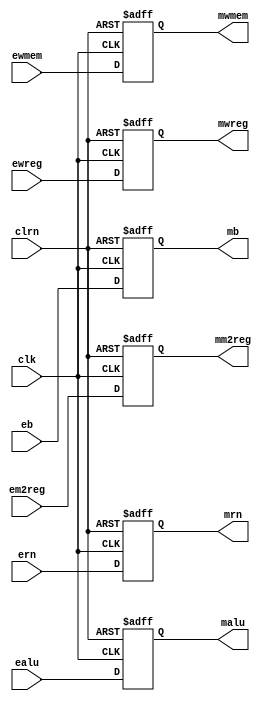
`timescale 1ns / 1ps
//////////////////////////////////////////////////////////////////////////////////
// Company: 
// Engineer: 
// 
// Design Name: 
// Module Name:    pipeemreg 
// Project Name: 
// Target Devices: 
// Tool versions: 
// Description: 
//
// Dependencies: 
//
// Revision: 
// Revision 0.01 - File Created
// Additional Comments: 
//
//////////////////////////////////////////////////////////////////////////////////
module pipeemreg(ewreg,em2reg,ewmem,ealu,eb,ern,clk,clrn,
                 mwreg,mm2reg,mwmem,malu,mb,mrn
    );
	 input [31:0] ealu,eb;
	 input [4:0] ern;
	 input ewreg,em2reg,ewmem;
	 input clk,clrn;
	 output [31:0] malu,mb;
	 output [4:0] mrn;
	 output mwreg,mm2reg,mwmem;
	 reg [31:0] malu,mb;
	 reg [4:0] mrn;
	 reg mwreg,mm2reg,mwmem;
	 always @(negedge clrn or posedge clk)
	     if(clrn==0)
		      begin
				    mwreg<=0;    mm2reg<=0;
					 mwmem<=0;    malu<=0;
				    mb<=0;       mrn<=0;      
					 
			   end
			else
			    begin
				     mwreg<=ewreg;    mm2reg<=em2reg;
					  mwmem<=ewmem;    malu<=ealu;
				     mb<=eb;       mrn<=ern;   
				 end

endmodule